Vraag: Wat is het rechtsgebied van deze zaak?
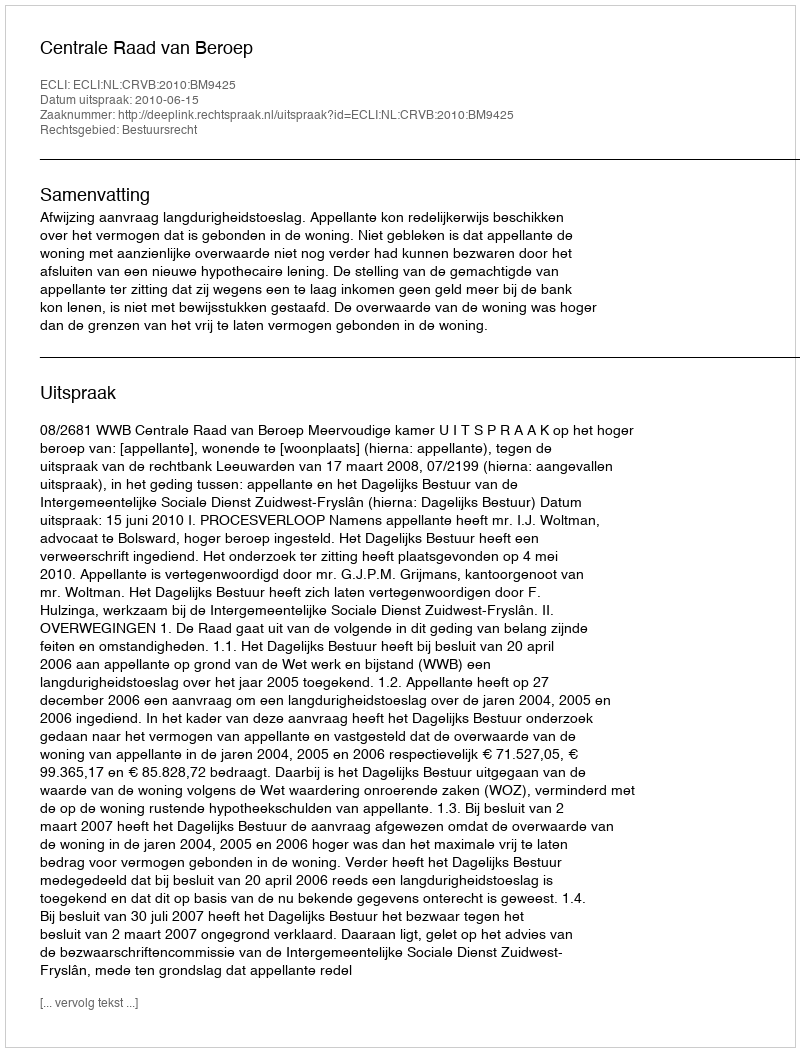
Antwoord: Bestuursrecht